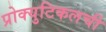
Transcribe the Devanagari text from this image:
प्रोक्युटिकलची